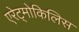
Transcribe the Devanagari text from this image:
एरेट्मोकिलिस